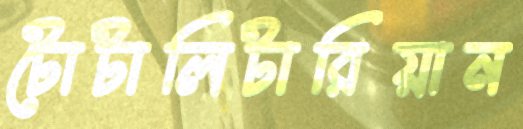
টোটালিটারিয়ান